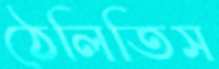
ঠেলিতিস